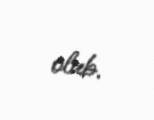
olub.